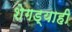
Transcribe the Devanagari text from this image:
शेगड्याही